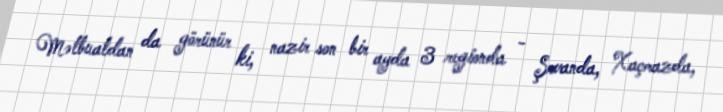
Mətbuatdan da görünür ki, nazir son bir ayda 3 regionda - Şrvanda, Xaçmazda,